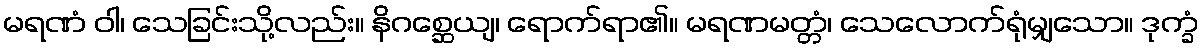
မရဏံ ဝါ၊ သေခြင်းသို့လည်း။ နိဂစ္ဆေယျ၊ ရောက်ရာ၏။ မရဏမတ္တံ၊ သေလောက်ရုံမျှသော။ ဒုက္ခံ